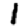
Digit: 1